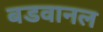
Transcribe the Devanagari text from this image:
बडवानल